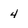
Character: 4